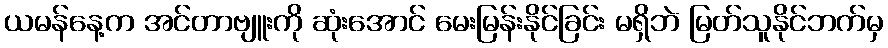
ယမန်နေ့က အင်တာဗျူးကို ဆုံးအောင် မေးမြန်းနိုင်ခြင်း မရှိဘဲ မြတ်သူနိုင်ဘက်မှ